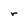
Character: r